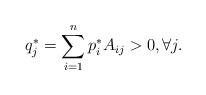
LaTeX: \begin{align*}q^*_j = \sum_{i=1}^{n}p^*_i{A}_{ij} > 0, \forall j.\end{align*}